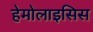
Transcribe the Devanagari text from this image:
हेमोलाइसिस